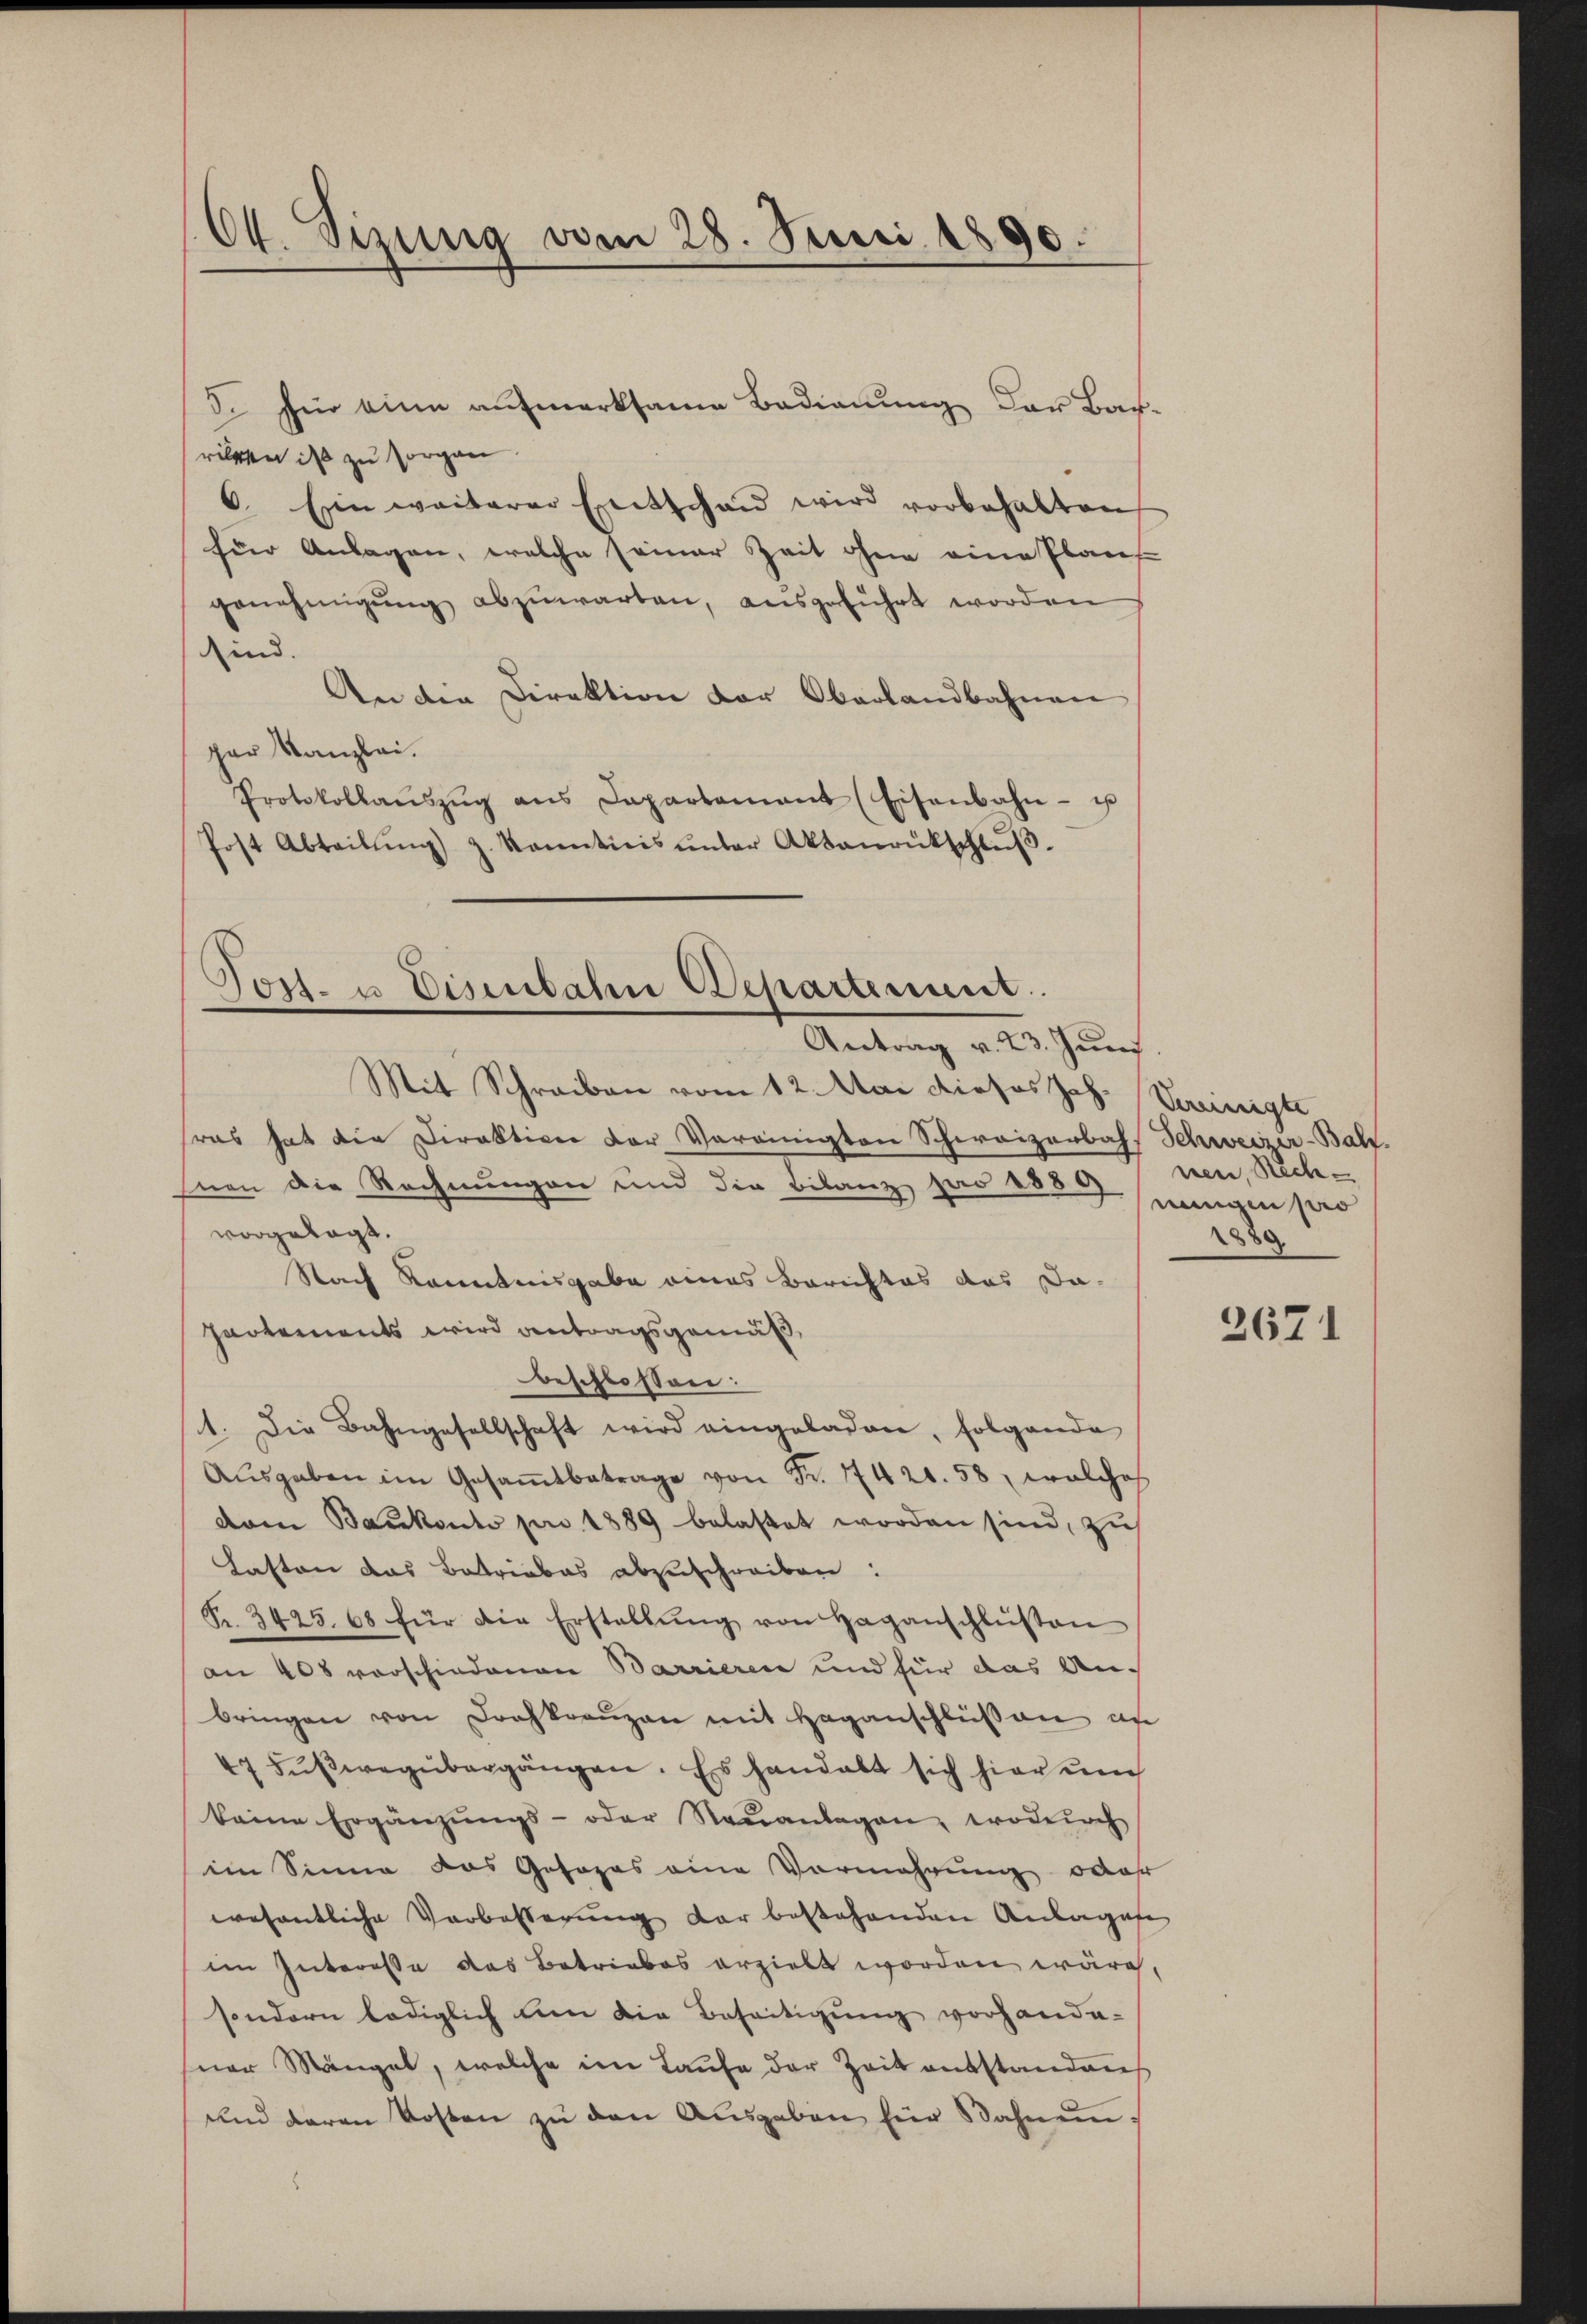
64. Sizung vom 28. Juni 1890.

3. für eine aufmerksame Badianung der Bar-
rilten ist zu sorgen.
6. Ein weiterer Entschan wird vorbehalten
für Anlagen, welche seiner Zeit ohne eine Plans
genehmigŭng abzŭwarten, ausgeführt worden
sind.
An der Direktion der Oberlandbahnen
per Kanzlei.
Protokollaŭszŭg ans Capartament (Eisenbahn- u
Post Abteilŭng z. Konnticis ŭnter Aktaŭrükschlŭβ

Post- u Eisenbahn Departement.
Antrag v. 23. Juni

Mit Schreiben vom 12. Mai dieses Joh. Vereinigt,
ras hat die Direktion der Vereinigten Schweizerbahn Schweizer-Bah.
nen die Rechnungen und die Bilanz pro 1889
vorgelegt.
Nach Kenntnisgabe eines Berichtes das Da-
partements wird antragsgemäß,
beschlossen:
1. Die Bahngesellschaft wird eingeladen, folgende
Aŭsgaben im Gesaṁtbetrage von Fr. 17420. 58, welches
vom Baukonto pr 1889 belastet worden sind, zu
Lasten das Betriebes abzuschreiben:
Fr. 3425. 68 für die Erstellŭng von Haganschlüßen
an 408 vorschiedenen Barrieren und für das An-
bringen von Drahkreuzen mit Haganschlüßen an
47 Fŭβwegübergängen. Es handelt sich hier un
keine Ergänzungs- oder Neuanlagen, wodurch
im Sinne das Gesopas eine Vermehrung, daß
wesentliche Verbesserung der bestehenden Anlagefe
im Interesse des Betriebes erzielt worden wäre,
sondern lediglich um die Beseitigung vorhande-
sner Mängel, welche im Laufe der Zeit entstandens
und daran kosten zŭ den Ausgaben für Bahnen,

nen, Rech
einigen pro
1880

2671